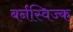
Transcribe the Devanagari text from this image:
बर्नस्विज्क